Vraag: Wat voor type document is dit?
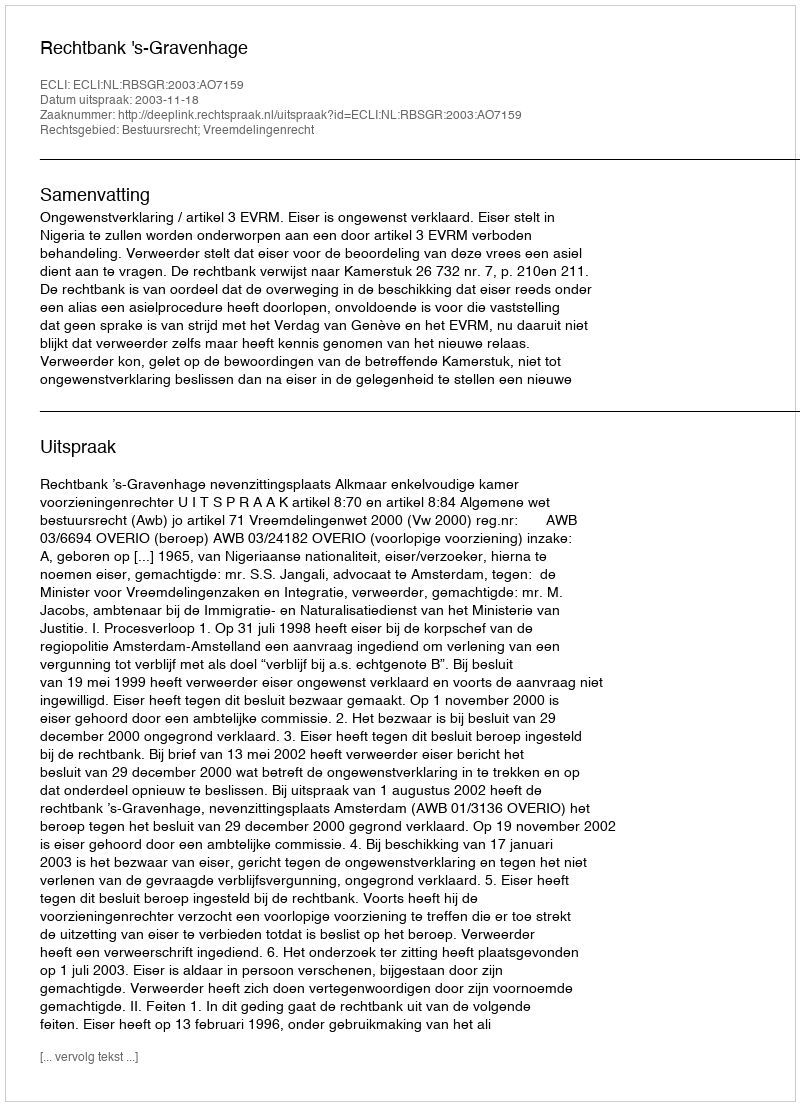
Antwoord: Uitspraak